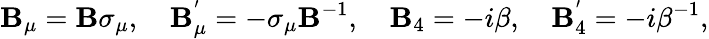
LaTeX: \mathbf{B}_{\mu}=\mathbf{B}\sigma_{\mu},~~~~\mathbf{B}_{\mu}^{'}=-\sigma_{\mu}\mathbf{B}^{-1},~~~~\mathbf{B}_{4}=-i\beta,~~~~\mathbf{B}_{4}^{'}=-i\beta^{-1},